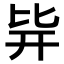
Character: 𣬊